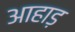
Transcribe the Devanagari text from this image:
आहाड़